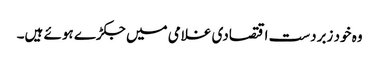
وہ خود زبردست اقتصادی غلامی میں جکڑے ہوئے ہیں۔